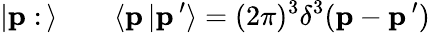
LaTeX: \vert{\mathbf p}:\, \rangle\qquad\langle{\mathbf p}\, \vert{\mathbf p}\, ^{\prime}\rangle=(2\pi)^{3}\delta^{3}({\mathbf p}-{\mathbf p}\, ^{\prime})